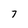
Character: 7